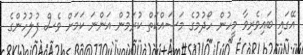
އޭގައި ބައިވެރިވާ މީހުން ހޯދުމުގެ މަސައްކަތް ކުރަމުން އަންނަ ކަމަށް ވެސް ފުލުހުންގެ